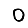
Digit: 0